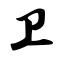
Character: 卫